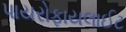
પાયરોફાયલાઈટ